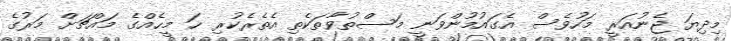
މިދިޔަ ޖެނުއަރީ މަހުވެސް އެގައުމުންވަނީ މަސްތުވާތަކެތި އެތެރެކުރި ހަ މީހެއްގެ މައްޗަށް މަރުގެ